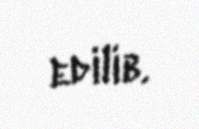
edilib.